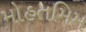
મોહતમિમ